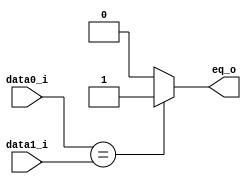
module Eq(
	data0_i,
	data1_i,
	eq_o
);

input	[31:0]	data0_i;
input	[31:0]	data1_i;
output		eq_o;

assign eq_o = (data0_i == data1_i) ? 1'b1 : 1'b0;

endmodule